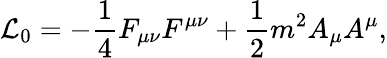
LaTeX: {\cal L}_{0}=-\frac{1}{4}F_{\mu\nu}F^{\mu\nu}+\frac{1}{2}m^{2}A_{\mu}A^{\mu},